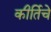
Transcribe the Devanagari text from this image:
कीर्तिचे